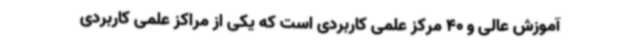
آموزش عالی و 40 مرکز علمی کاربردی است که یکی از مراکز علمی کاربردی